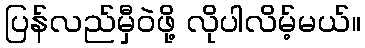
ပြန်လည်မှီဝဲဖို့ လိုပါလိမ့်မယ်။